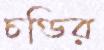
চণ্ডির